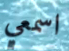
اسمعي